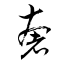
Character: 奢